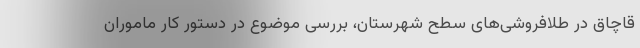
قاچاق در طلافروشی‌های سطح شهرستان، بررسی موضوع در دستور کار ماموران